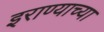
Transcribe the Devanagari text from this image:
इराण्याच्या